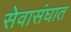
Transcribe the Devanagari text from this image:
सेवासंघात